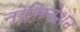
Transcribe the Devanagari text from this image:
नोमिनेशन